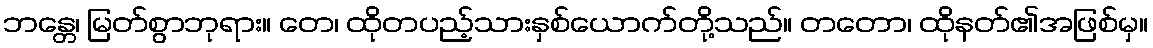
ဘန္တေ၊ မြတ်စွာဘုရား။ တေ၊ ထိုတပည့်သားနှစ်ယောက်တို့သည်။ တတော၊ ထိုနတ်၏အဖြစ်မှ။